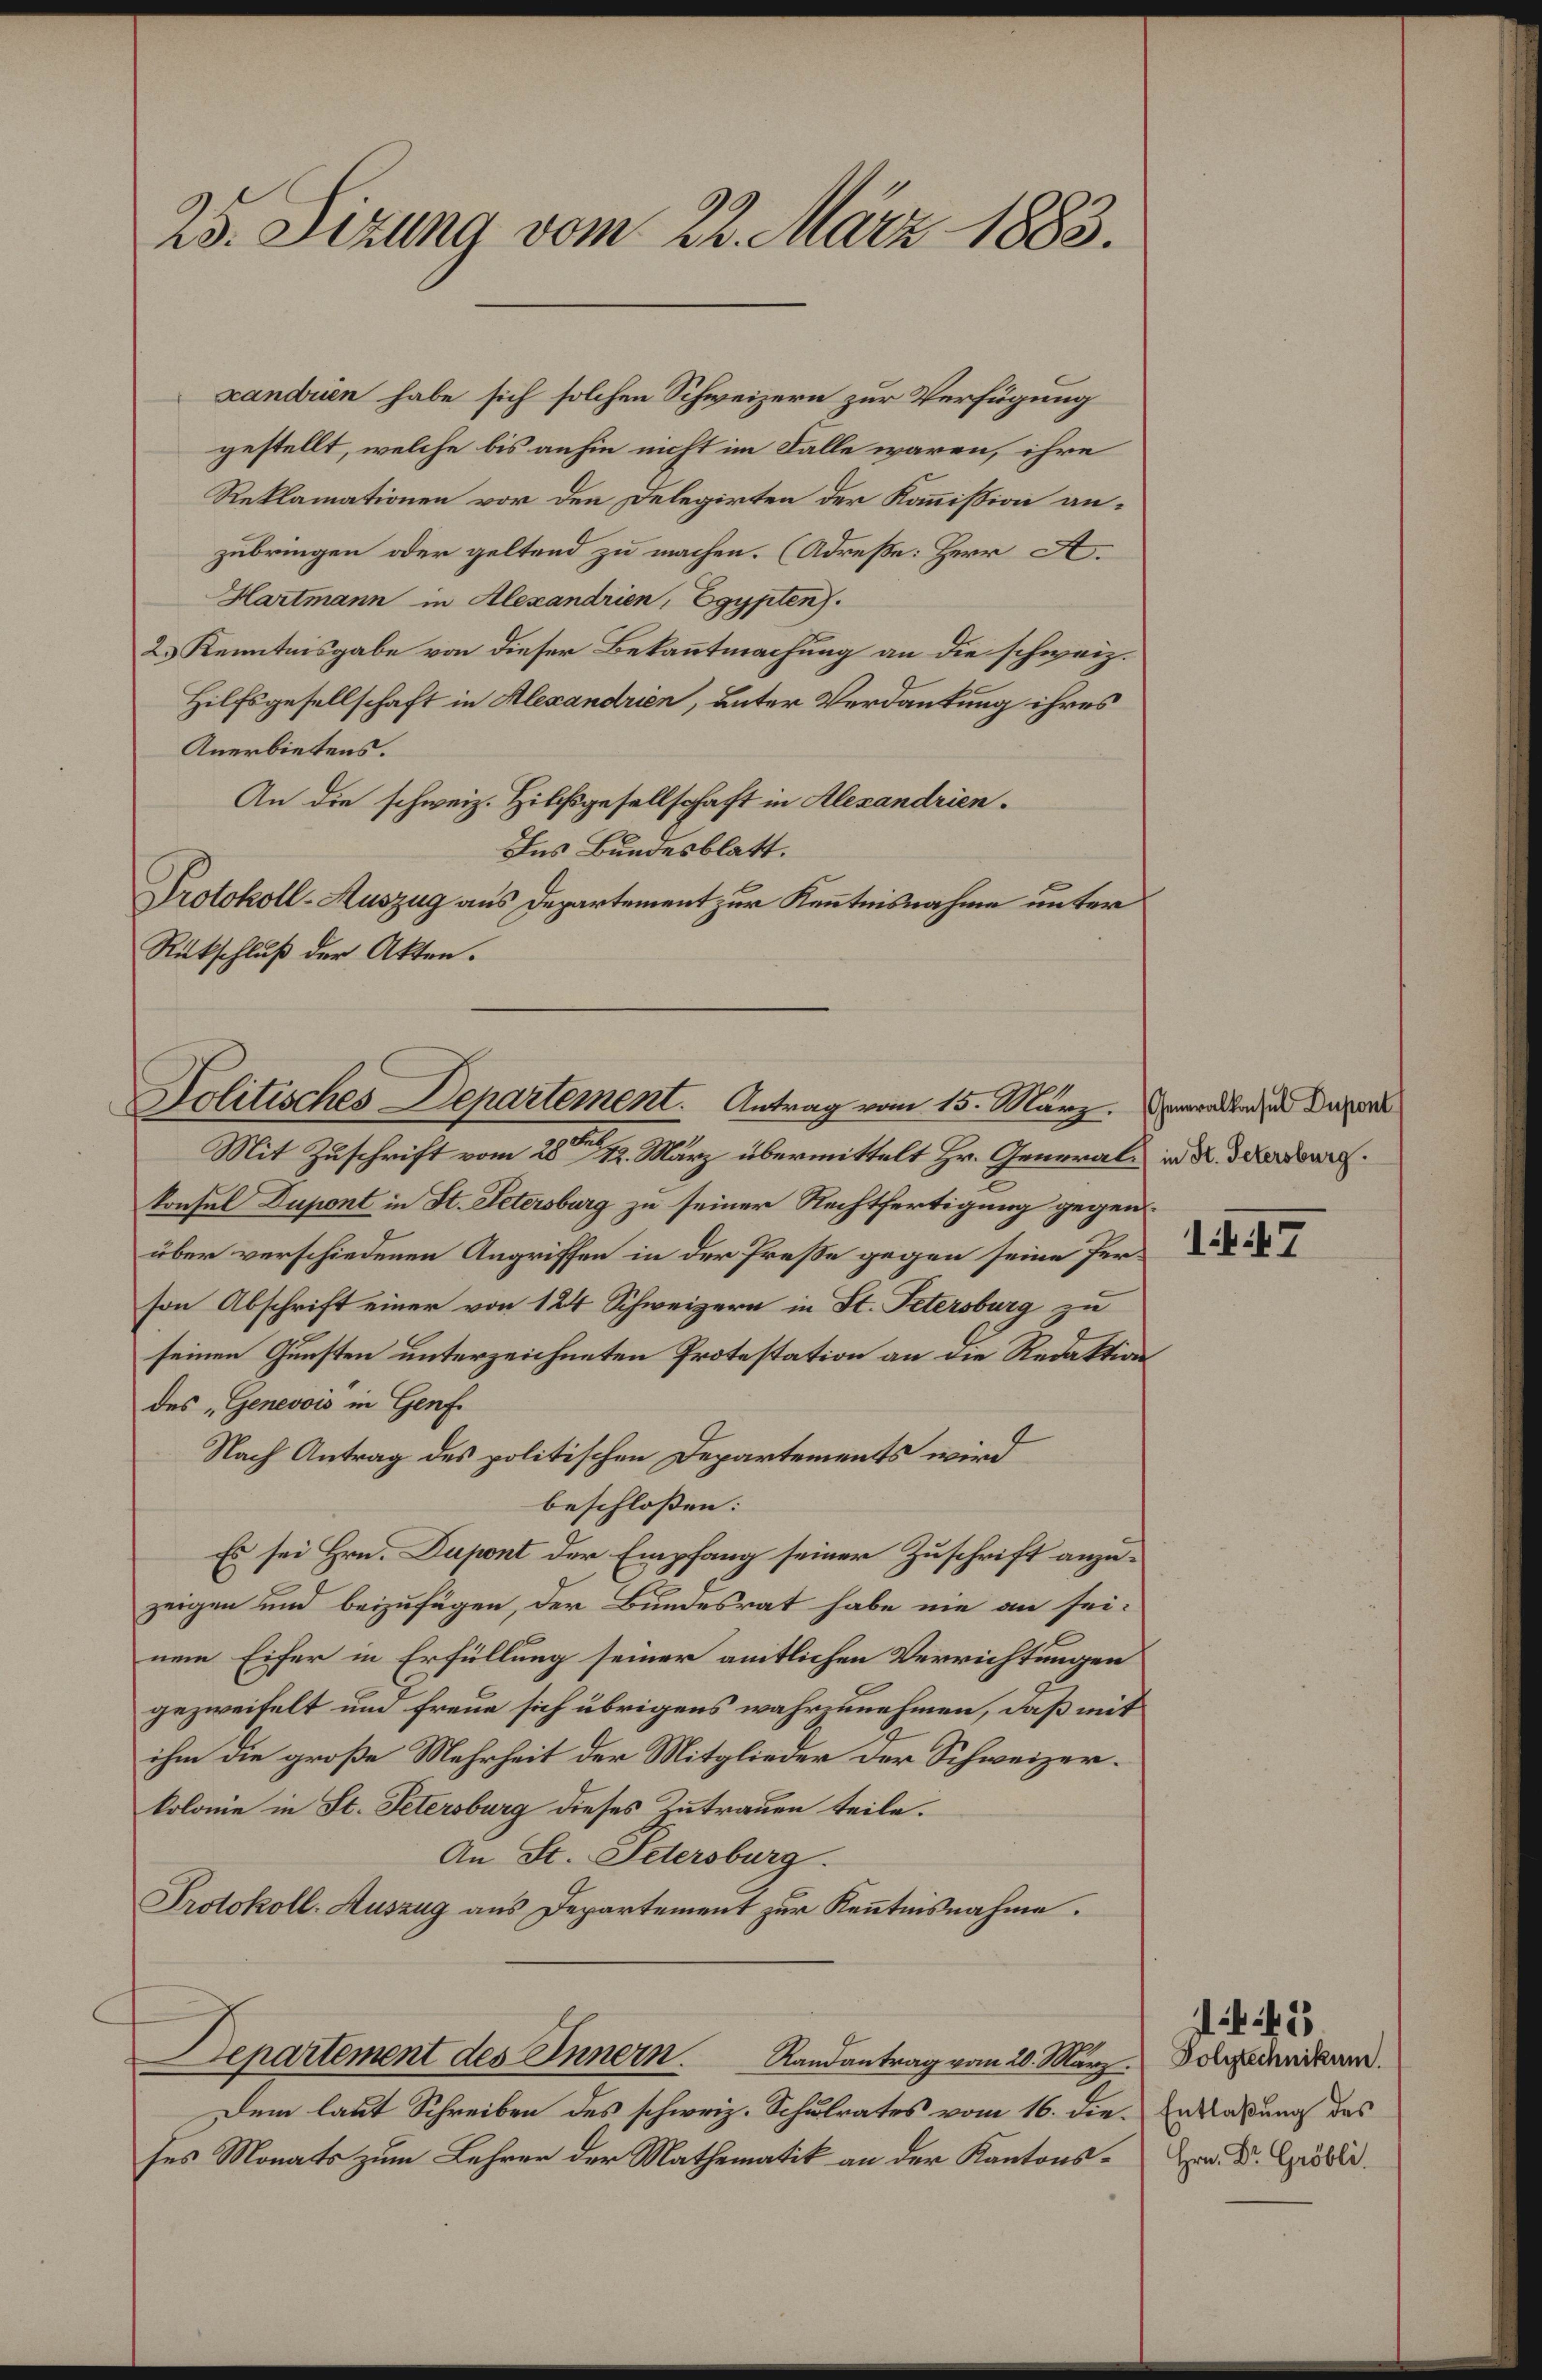
25. Sizung vom 22. März 1883.
xandrien habe sich solchen Schwizern zur Verfügung
gestellt, welche bis anhin nicht im Falle waren, ihre
Reklamationen vor den Delegirten der Kom̄ission an¬
zubringen oder geltend zu machen. (Adresse: Herr A.
Hartmann in Alexandrien, Egypten).
2.) Kenntnisgabe von dieser Bekan̄tmachung an die schweiz.
Hilfsgesellschaft in Alexandrien, unter Verdankung ihres
Anerbietens.
An die schweiz. Hilfsgesellschaft in Alexandrien.
Ins Bundesblatt.
Protokoll-Auszug an's Departement zur Ken̄tnisnahme unter
Rükschluß der Akten.
Generalkonsul Dupont
in St. Petersburg.
1447
Politisches Departement. Antrag vom 15. März.
Mit Zuschrift vom 28 Feb./12. März übermittelt Hr. General¬
konsul Dupont in St. Petersburg zu seiner Rechtfertigung gegen¬
über verschiedenen Angriffen in der Presse gegen seine Per¬
son Abschrift einer von 124 Schweizern in St. Petersburg zu
seinen Gunsten unterzeichneten Protestation an die Redaktion
des "Genevois" in Genf.
Nach Antrag des politischen Departements wird
beschloßen:
Es sei Hrn. Dupont der Empfang seiner Zuschrift anzu¬
zeigen und beizufügen, der Bundesrat habe nie an sei¬
nem Eifer in Erfüllung seiner amtlichen Verrichtungen
gezweifelt und freue sich übrigens wahrzunehmen, daß mit
ihm die große Mehrheit der Mitglieder der Schweizer¬
kolonie in St. Petersburg dieses Zutrauen teile.
An St. Petersburg.
Protokoll-Auszug an's Departement zur Ken̄tnisnahme.
1448
Polytechnikum.
Entlaßung des
Hrn. Dr. Gröbli.
Departement des Innern. Randantrag vom 20. März.
Dem laut Schreiben des schweiz. Schulrates vom 16. dieses
Monats zum Lehrer der Mathematik an der Kantons¬